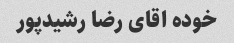
خوده اقای رضا رشیدپور